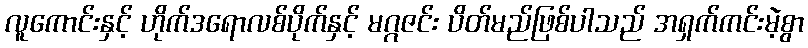
လူကောင်းနှင့် ဟိုက်ဒရောလစ်ပိုက်နှင့် မဂ္ဂဇင်း ပိတ်မည်ဖြစ်ပါသည် အရှက်ကင်းမဲ့စွာ